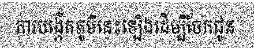
ការបង្កើតភូមិនេះឡើងដើម្បីចែកជូន